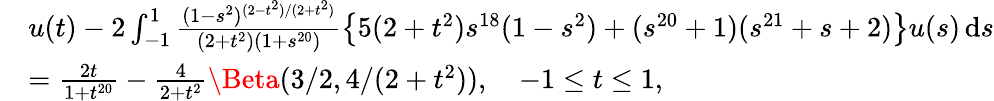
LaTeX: \begin{array}{rl}&{u(t)-2\int_{-1}^{1}\frac{(1-s^{2})^{(2-t^{2})/(2+t^{2})}}{(2+t^{2})(1+s^{20})}\left\{ 5(2+t^{2})s^{18}(1-s^{2})+(s^{20}+1)(s^{21}+s+2)\right\} u(s)\, \mathrm{d}s}\\ &{=\frac{2t}{1+t^{20}}-\frac{4}{2+t^{2}}\Beta(3/2,4/(2+t^{2})),\quad-1\leq t\leq 1,}\end{array}